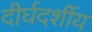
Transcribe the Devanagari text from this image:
दीर्घदर्शीय